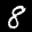
Label: 8